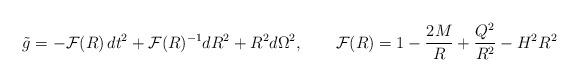
LaTeX: \begin{align*}\tilde{g}=-{\cal F}(R)\,dt^2+{\cal F}(R)^{-1}dR^2+R^2d\Omega^2,\qquad{\cal F}(R)=1-\frac{2M}{R}+\frac{Q^2}{R^2}-H^2R^2\end{align*}